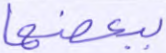
ببعضها